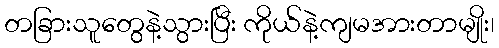
တခြားသူတွေနဲ့သွားပြီး ကိုယ်နဲ့ကျမအားတာမျိုး၊